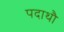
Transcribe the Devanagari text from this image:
पदाथौ